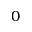
0